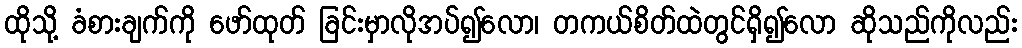
ထိုသို့ ခံစားချက်ကို ဖော်ထုတ် ခြင်းမှာလိုအပ်၍လော၊ တကယ်စိတ်ထဲတွင်ရှိ၍လော ဆိုသည်ကိုလည်း